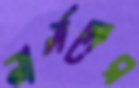
নার্সদের